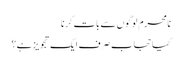
نامحرم لوگوں سے بات کرنا
کیا حجاب صرف ایک تجویز ہے؟